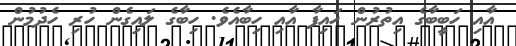
އާއި ހަބީބާގެ އިތުރުން ހައިފާ އާއި ހިބާއެވެ. ހިބާގެ ލައިގެން ހުރި ހެދުމުން